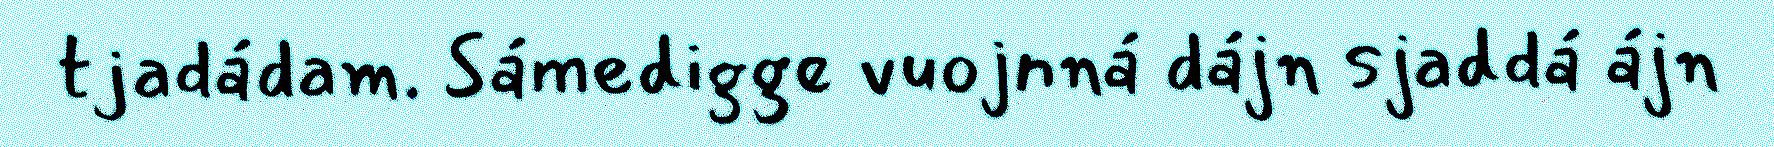
tjadádam. Sámedigge vuojnná dájn sjaddá ájn